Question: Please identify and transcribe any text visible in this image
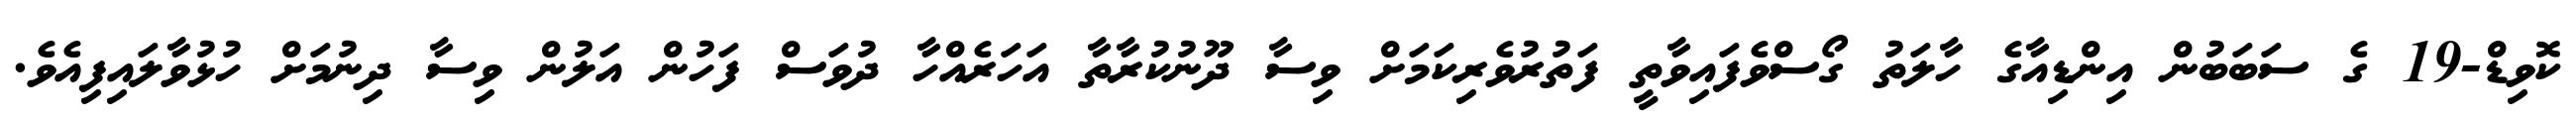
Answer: ކޮވިޑް-19 ގެ ސަބަބުން އިންޑިއާގެ ހާލަތު ގޯސްވެފައިވާތީ ފަތުރުވެރިކަމަށް ވިސާ ދޫނުކުރާތާ އަހަރެއްހާ ދުވަސް ފަހުން އަލުން ވިސާ ދިނުމަށް ހުޅުވާލައިފިއެވެ.